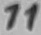
Text: 11